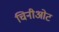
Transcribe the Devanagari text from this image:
चिनीओट